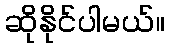
ဆိုနိုင်ပါမယ်။